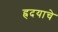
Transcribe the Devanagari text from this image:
ह्रदयाचे